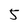
Character: 5